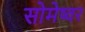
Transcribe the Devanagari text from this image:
सोमेष्वर